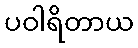
ပဝါရိတာယ